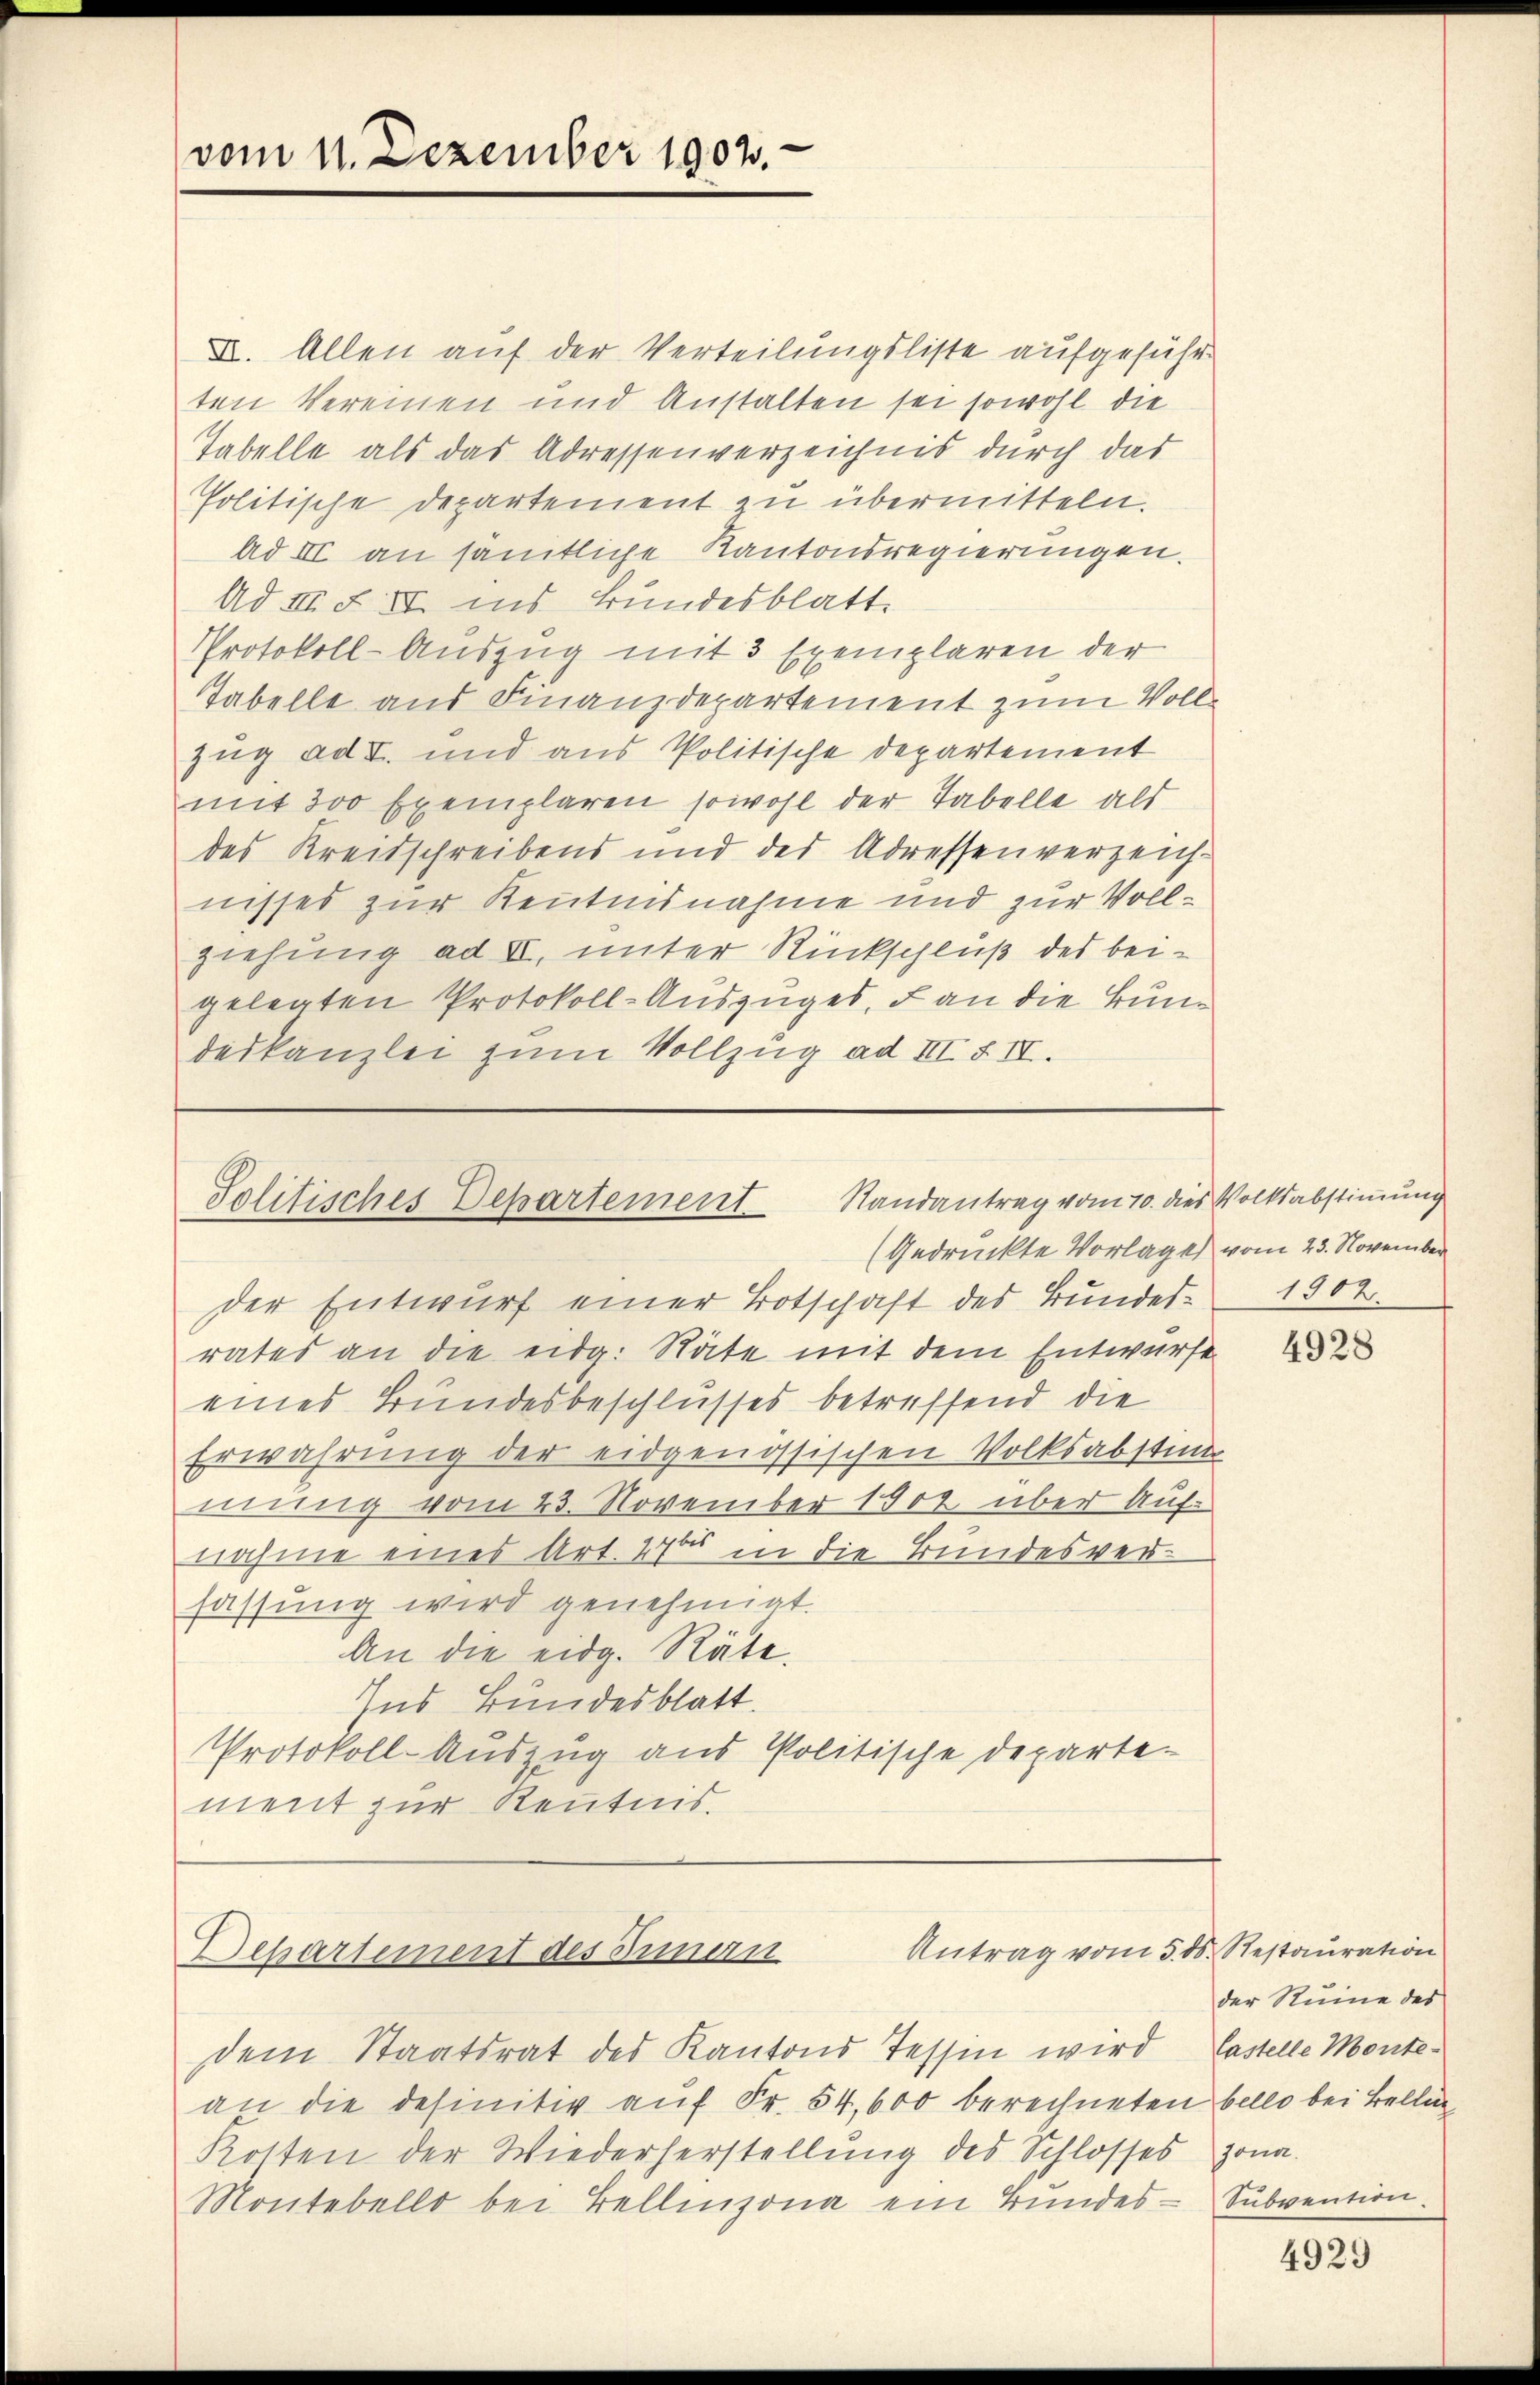
vom 11. Dezember 1902.

II. Allen auf der Verteilungsliste aufgeführten Vereinen und Anstalten sei sowohl die
Tabelle als das Adressenverzeichnis durch das
Politische Departement zu übermitteln.
Ad III an sämtliche Kantonsregierungen.
Ad III. F. III ins Bundesblatt.
Protokoll-Auszug mit 3 Exemplaren der
Tabelle aus Finanzdepartement zum Vollzug ad I. und aus Politische Departement
mit 300 Exemplaren sowohl der Tabelle als
des Kreisschreibens und des Adressenverzeich-
nisses zur Kenntnisnahme und zur Vollziehung ad II, unter Rückschluß des beigelegten Protokoll-Auszuges, an die Bundeskanzlei zum Vollzug ad III § II.

Solitisches Departement Randantrag vom 10. dies Volksabstiṁŭng
(Gedruckte Vorlages vom 23. November

der Entwurf einer Botschaft des Bundes- 1902
rates an die eidg. Räte mit dem Entwurfe
eines Bundesbeschlusses betreffend die
Erwahrung der eidgenössischen Volksabstim
mung vom 23. November 1902 über Aufnahme eines Art. 270 in die Bundesverfassung wird genehmigt.
An die eidg. Räte.
Ins Bundesblatt.
Protokoll-Auszug aus Politische Departe-
ment zur Kenntnis.

Antrag vom 5. d. Restauration
Departement des Innern

dem Staatsrat des Kantons Tessin wird
an die definitiv auf Fr. 54,600 berechneten bello bei Bellin
Kotten der Wiederherstellung des Schlosses Jona.
Montebelle bei Bellinzona ein Bundes- Subvention.

4928

der Stume des
Castelle Monte-

4929